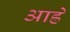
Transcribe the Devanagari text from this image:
आह्रे